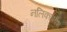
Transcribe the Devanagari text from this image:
नलिकाप्रवेश